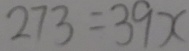
2 7 3 = 3 9 x